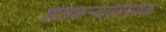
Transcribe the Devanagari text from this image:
शेतकर्‍यांविषयक